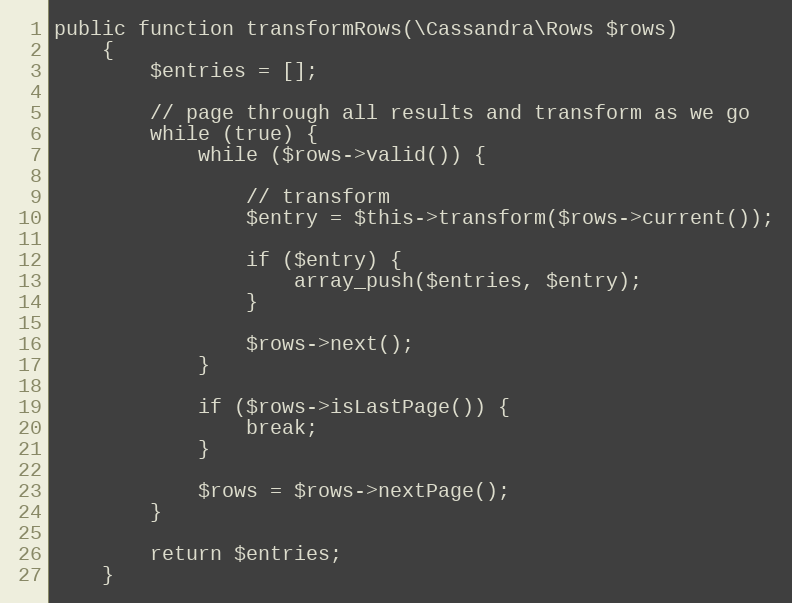
Language: PHP
public function transformRows(\Cassandra\Rows $rows)
    {
        $entries = [];

        // page through all results and transform as we go
        while (true) {
            while ($rows->valid()) {

                // transform
                $entry = $this->transform($rows->current());

                if ($entry) {
                    array_push($entries, $entry);
                }

                $rows->next();
            }

            if ($rows->isLastPage()) {
                break;
            }

            $rows = $rows->nextPage();
        }

        return $entries;
    }